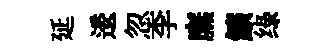
延逶忽李廡鑛绿